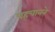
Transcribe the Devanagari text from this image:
पह्चानने